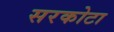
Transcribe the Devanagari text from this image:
सरकोटा